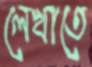
লেখাতে